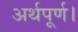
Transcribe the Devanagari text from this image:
अर्थपूर्ण।